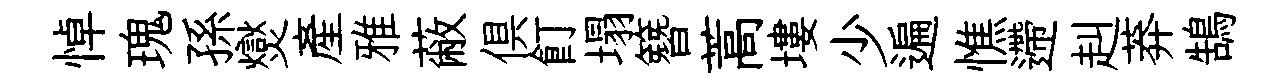
悼瑰孫爕産雅蔽俱飣塌簪蒿塿少遍憔遰赳莽鵠